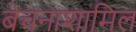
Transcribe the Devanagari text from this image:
बेचनाशामिल